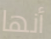
أنها